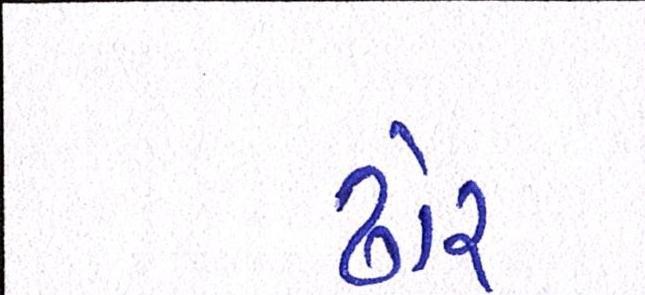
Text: ઢોર